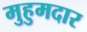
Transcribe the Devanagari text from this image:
मुहुमदार